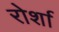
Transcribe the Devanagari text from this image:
रोर्शा